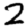
Digit: 2